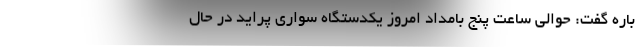
باره گفت: حوالی ساعت پنج بامداد امروز یکدستگاه سواری پراید در حال